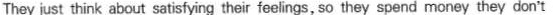
They just think about satisfying their feelings, so they spend money they don't